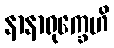
နာနာရုက္ခေဟိ